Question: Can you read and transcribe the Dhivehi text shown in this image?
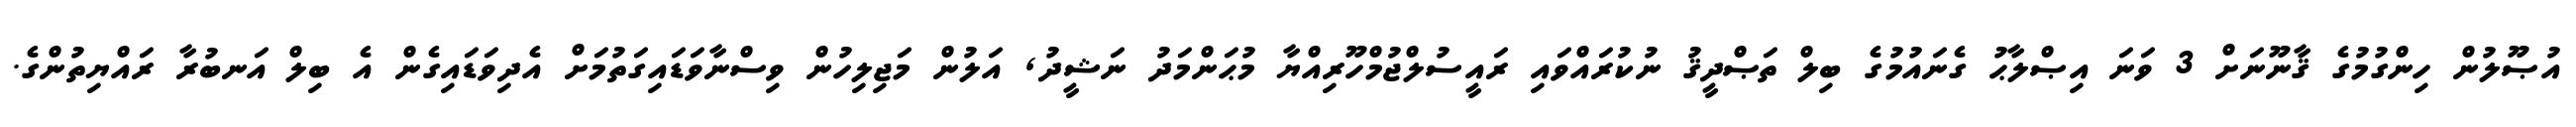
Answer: އުޞޫލުން ހިންގުމުގެ ޤާނޫނަށް 3 ވަނަ އިޞްލާޙު ގެނައުމުގެ ބިލް ތަޞްދީޤު ނުކުރައްވައި ރައީސުލްޖުމްހޫރިއްޔާ މުޙަންމަދު ނަޝީދު, އަލުން މަޖިލިހުން ވިސްނާވަޑައިގަތުމަށް އެދިވަޑައިގެން އެ ބިލް އަނބުރާ ރައްޔިތުންގެ.